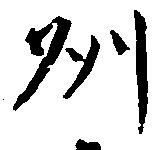
州